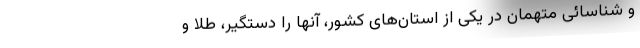
و شناسائی متهمان در یکی از استان‌های کشور، آنها را دستگیر، طلا و